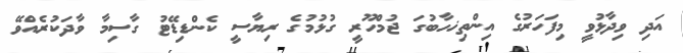
އަދި ވިދާޅުވީ މިފަހަރުގެ އިންތިޚހާބުގަ ޖުމްހޫރީ ގުޅުމުގެ ރިޔާސީ ކެންޑިޑޭޓު ގާސިމާ ވާދަކުރެއްވޭ